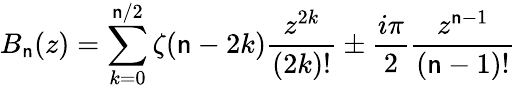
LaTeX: B_{\mathsf{n}}(z)=\sum_{k=0}^{\mathsf{n}/2}\zeta(\mathsf{n}-2k)\frac{{z^{2k}}}{{(2k)!}}\pm\frac{{i\pi}}{{2}}\frac{{z^{\mathsf{n}-1}}}{{(\mathsf{n}-1)!}}